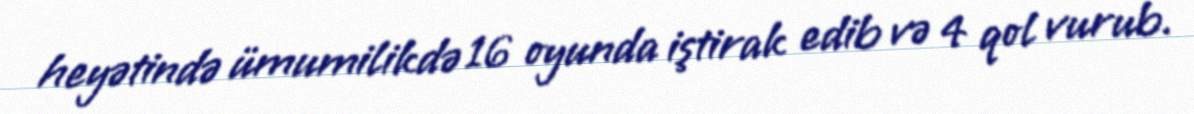
heyətində ümumilikdə 16 oyunda iştirak edib və 4 qol vurub.